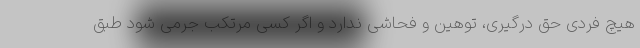
هیچ فردی حق درگیری، توهین و فحاشی ندارد و اگر کسی مرتکب جرمی شود طبق